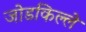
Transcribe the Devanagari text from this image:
जोडकिल्ले